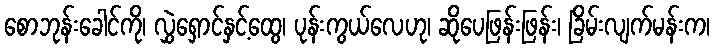
စောဘုန်းခေါင်ကို၊ လွှဲရှောင်နှင့်ထွေ၊ ပုန်းကွယ်လေဟု၊ ဆိုပေဖြန်းဖြန်း၊ ခြိမ်းလျက်မန်းက၊